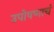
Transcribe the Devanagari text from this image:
उपोषणाचं